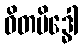
ဝိတမိဒ္ဓေါ